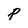
Character: P